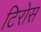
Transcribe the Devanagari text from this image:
टिरोस